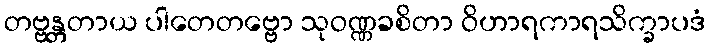
တဗ္ဗန္တတာယ ပါတေတဗ္ဗော သုဝဏ္ဏခစိတာ ဝိဟာရကာရသိက္ခာပဒံ